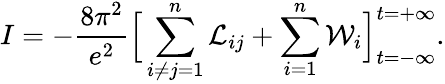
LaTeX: I=-\frac{8\pi^{2}}{e^{2}}\Big[\sum_{i\neq j=1}^{n}{\cal L}_{ij}+\sum_{i=1}^{n}{\cal W}_{i}\Big]_{t=-\infty}^{t=+\infty}.